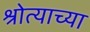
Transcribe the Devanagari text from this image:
श्रोत्याच्या